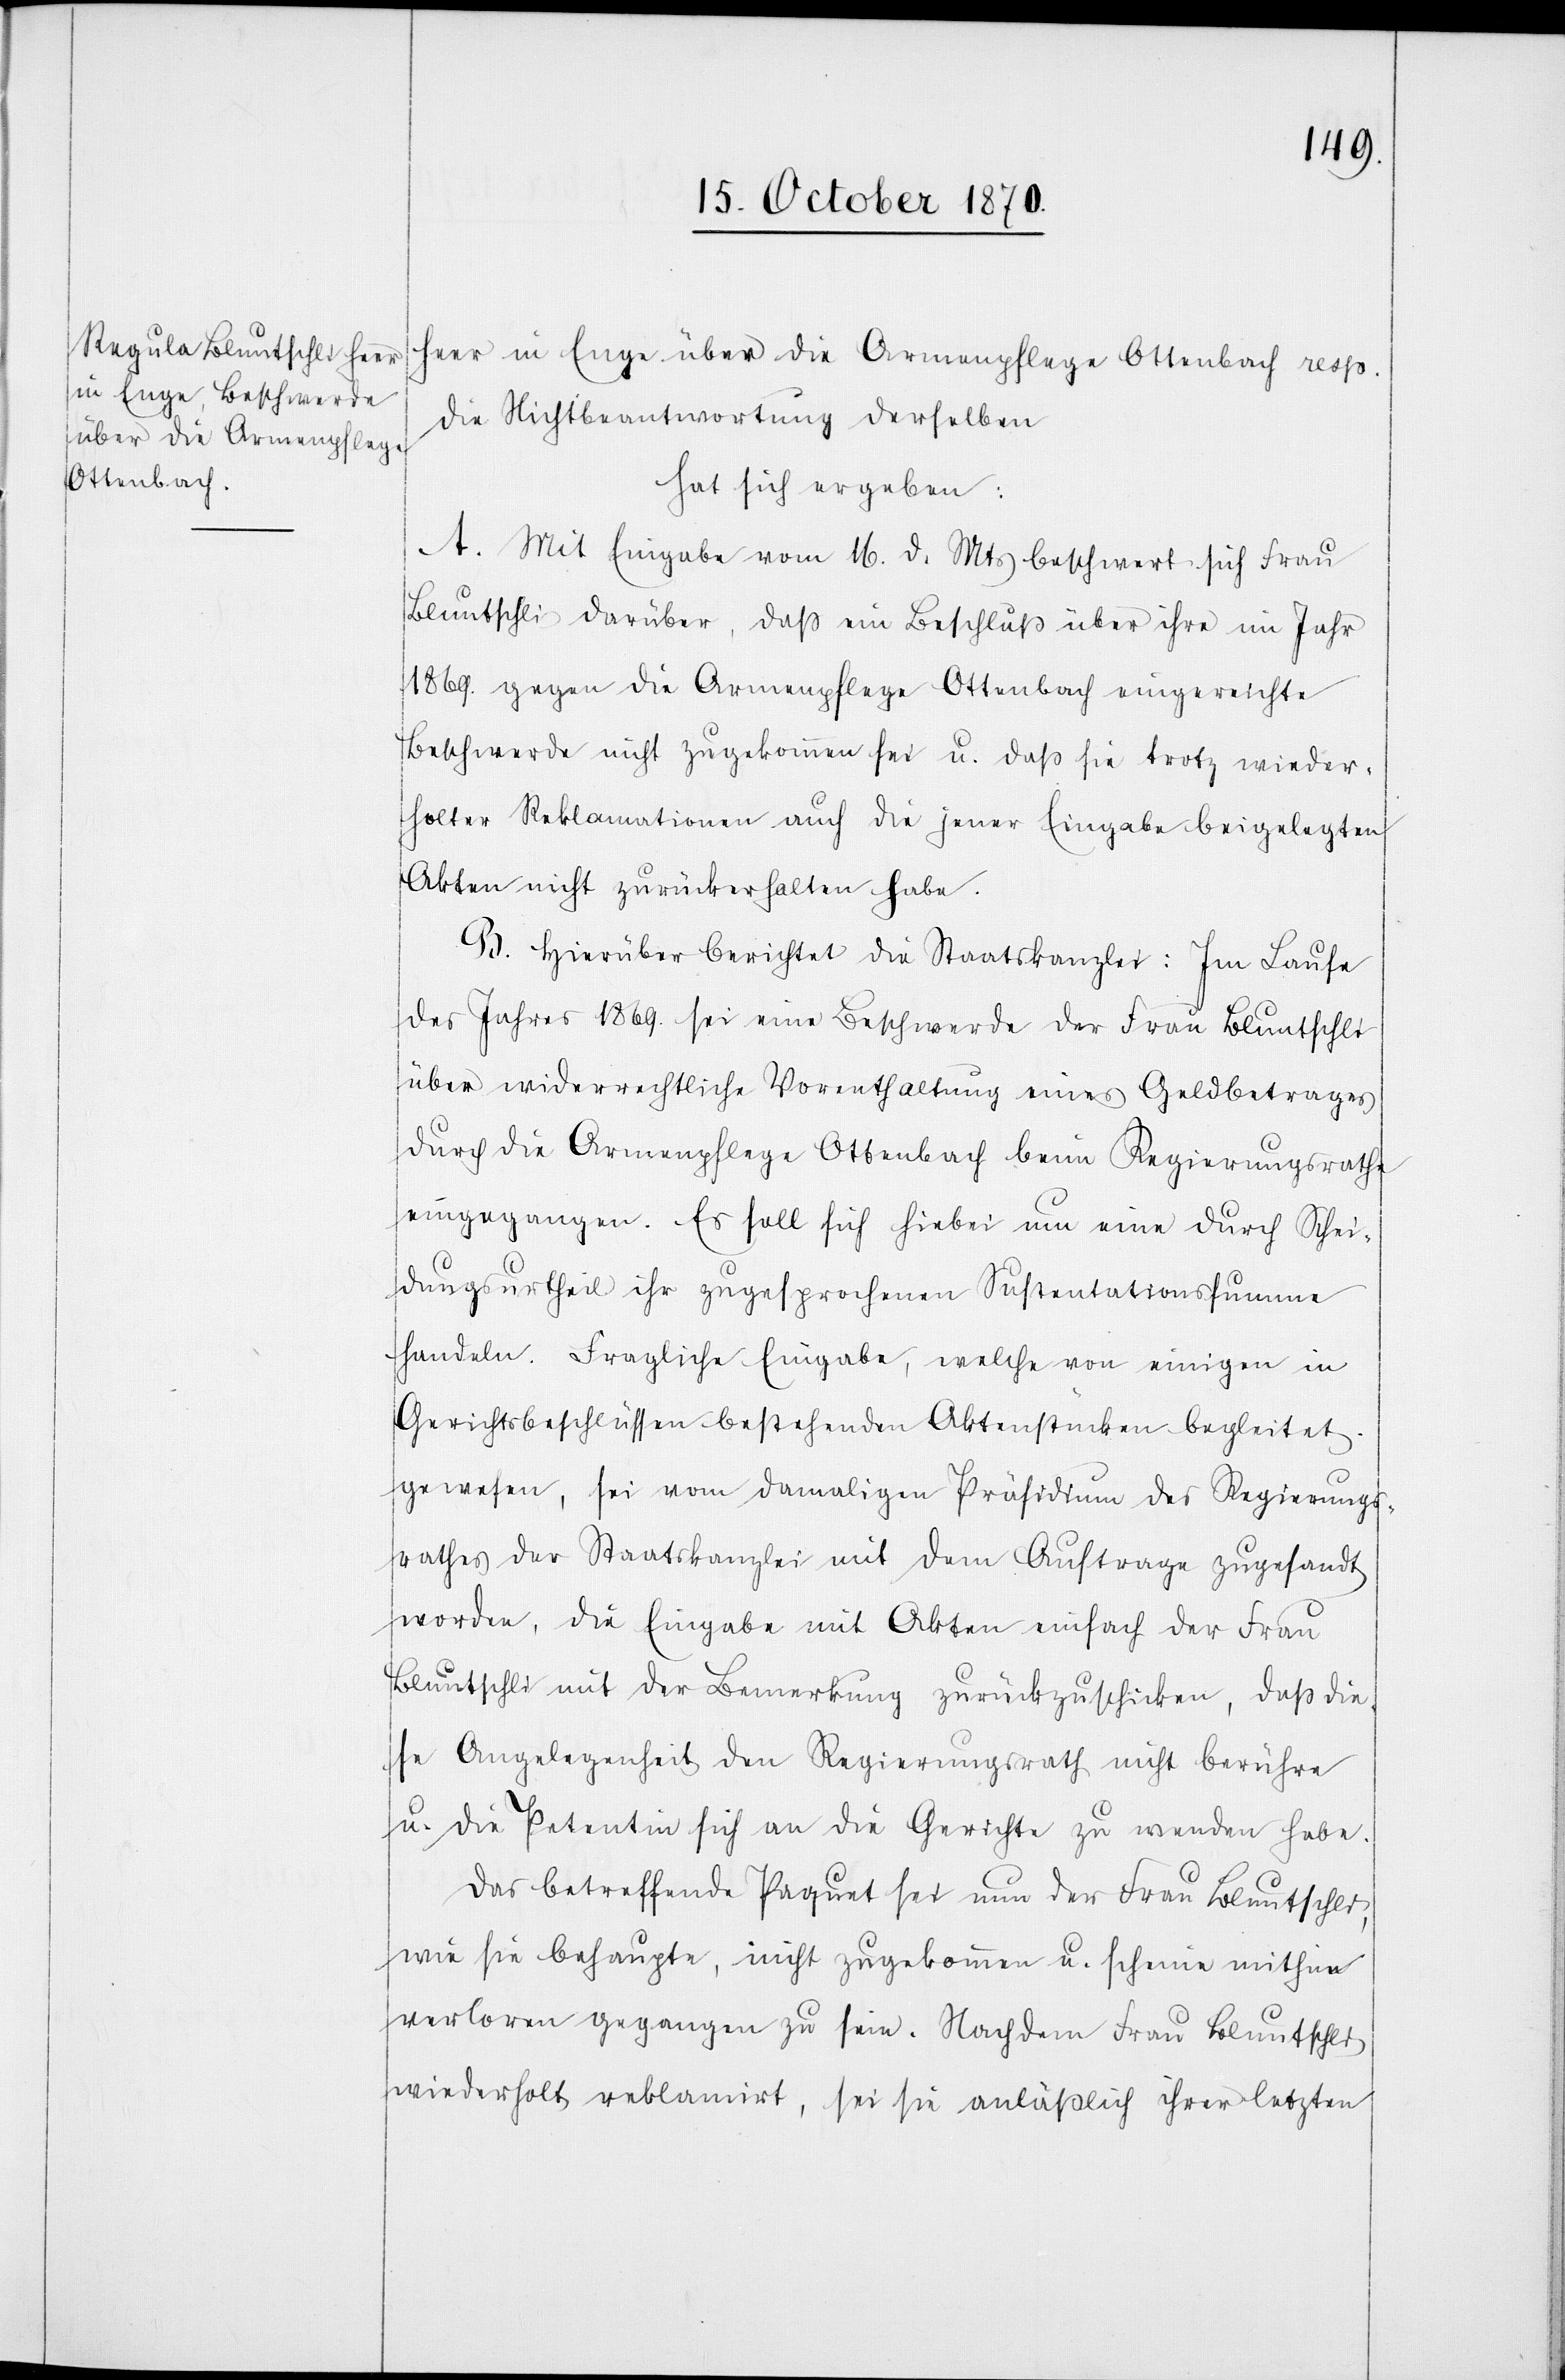
Heer in Enge über die Armenpflege Ottenbach resp.
die Nichtbeantwortung derselben
hat sich ergeben:
A. Mit Eingabe vom 16. d. Mts beschwert sich Frau
Bluntschli darüber, daß ein Beschluß über ihre im Jahr
1869. gegen die Armenpflege Ottenbach eingereichte
Beschwerde nicht zugekommen sei u. daß sie trotz wieder¬
holter Reklamationen auch die jener Eingabe beigelegten
Akten nicht zurückerhalten habe.
B. Hierüber berichtet die Staatskanzlei: Im Laufe
des Jahres 1869. sei eine Beschwerde der Frau Bluntschli
über widerrechtliche Vorenthaltung eines Geldbetrages
durch die Armenpflege Ottenbach beim Regierungsrathe
eingegangen. Es soll sich hiebei um eine durch Schei¬
dungsurtheil ihr zugesprochenen Sustentationssumme
handeln. Fragliche Eingabe, welche von einigen in
Gerichtsbeschlüssen bestehenden Aktenstücken begleitet
gewesen, sei vom damaligen Präsidium des Regierungs¬
rathes der Staatskanzlei mit dem Auftrage zugesandt
worden, die Eingabe mit Akten einfach der Frau
Bluntschli mit der Bemerkung zurückzuschicken, daß die¬
se Angelegenheit den Regierungsrath nicht berühre
u. die Petentin sich an die Gerichte zu wenden habe.
Das betreffende Paquet sei nun der Frau Bluntschli,
wie sie behaupte, nicht zugekommen u. scheine mithin
verloren gegangen zu sein. Nachdem Frau Bluntschli
wiederholt reklamirt, sei sie anlässlich ihrer letzten